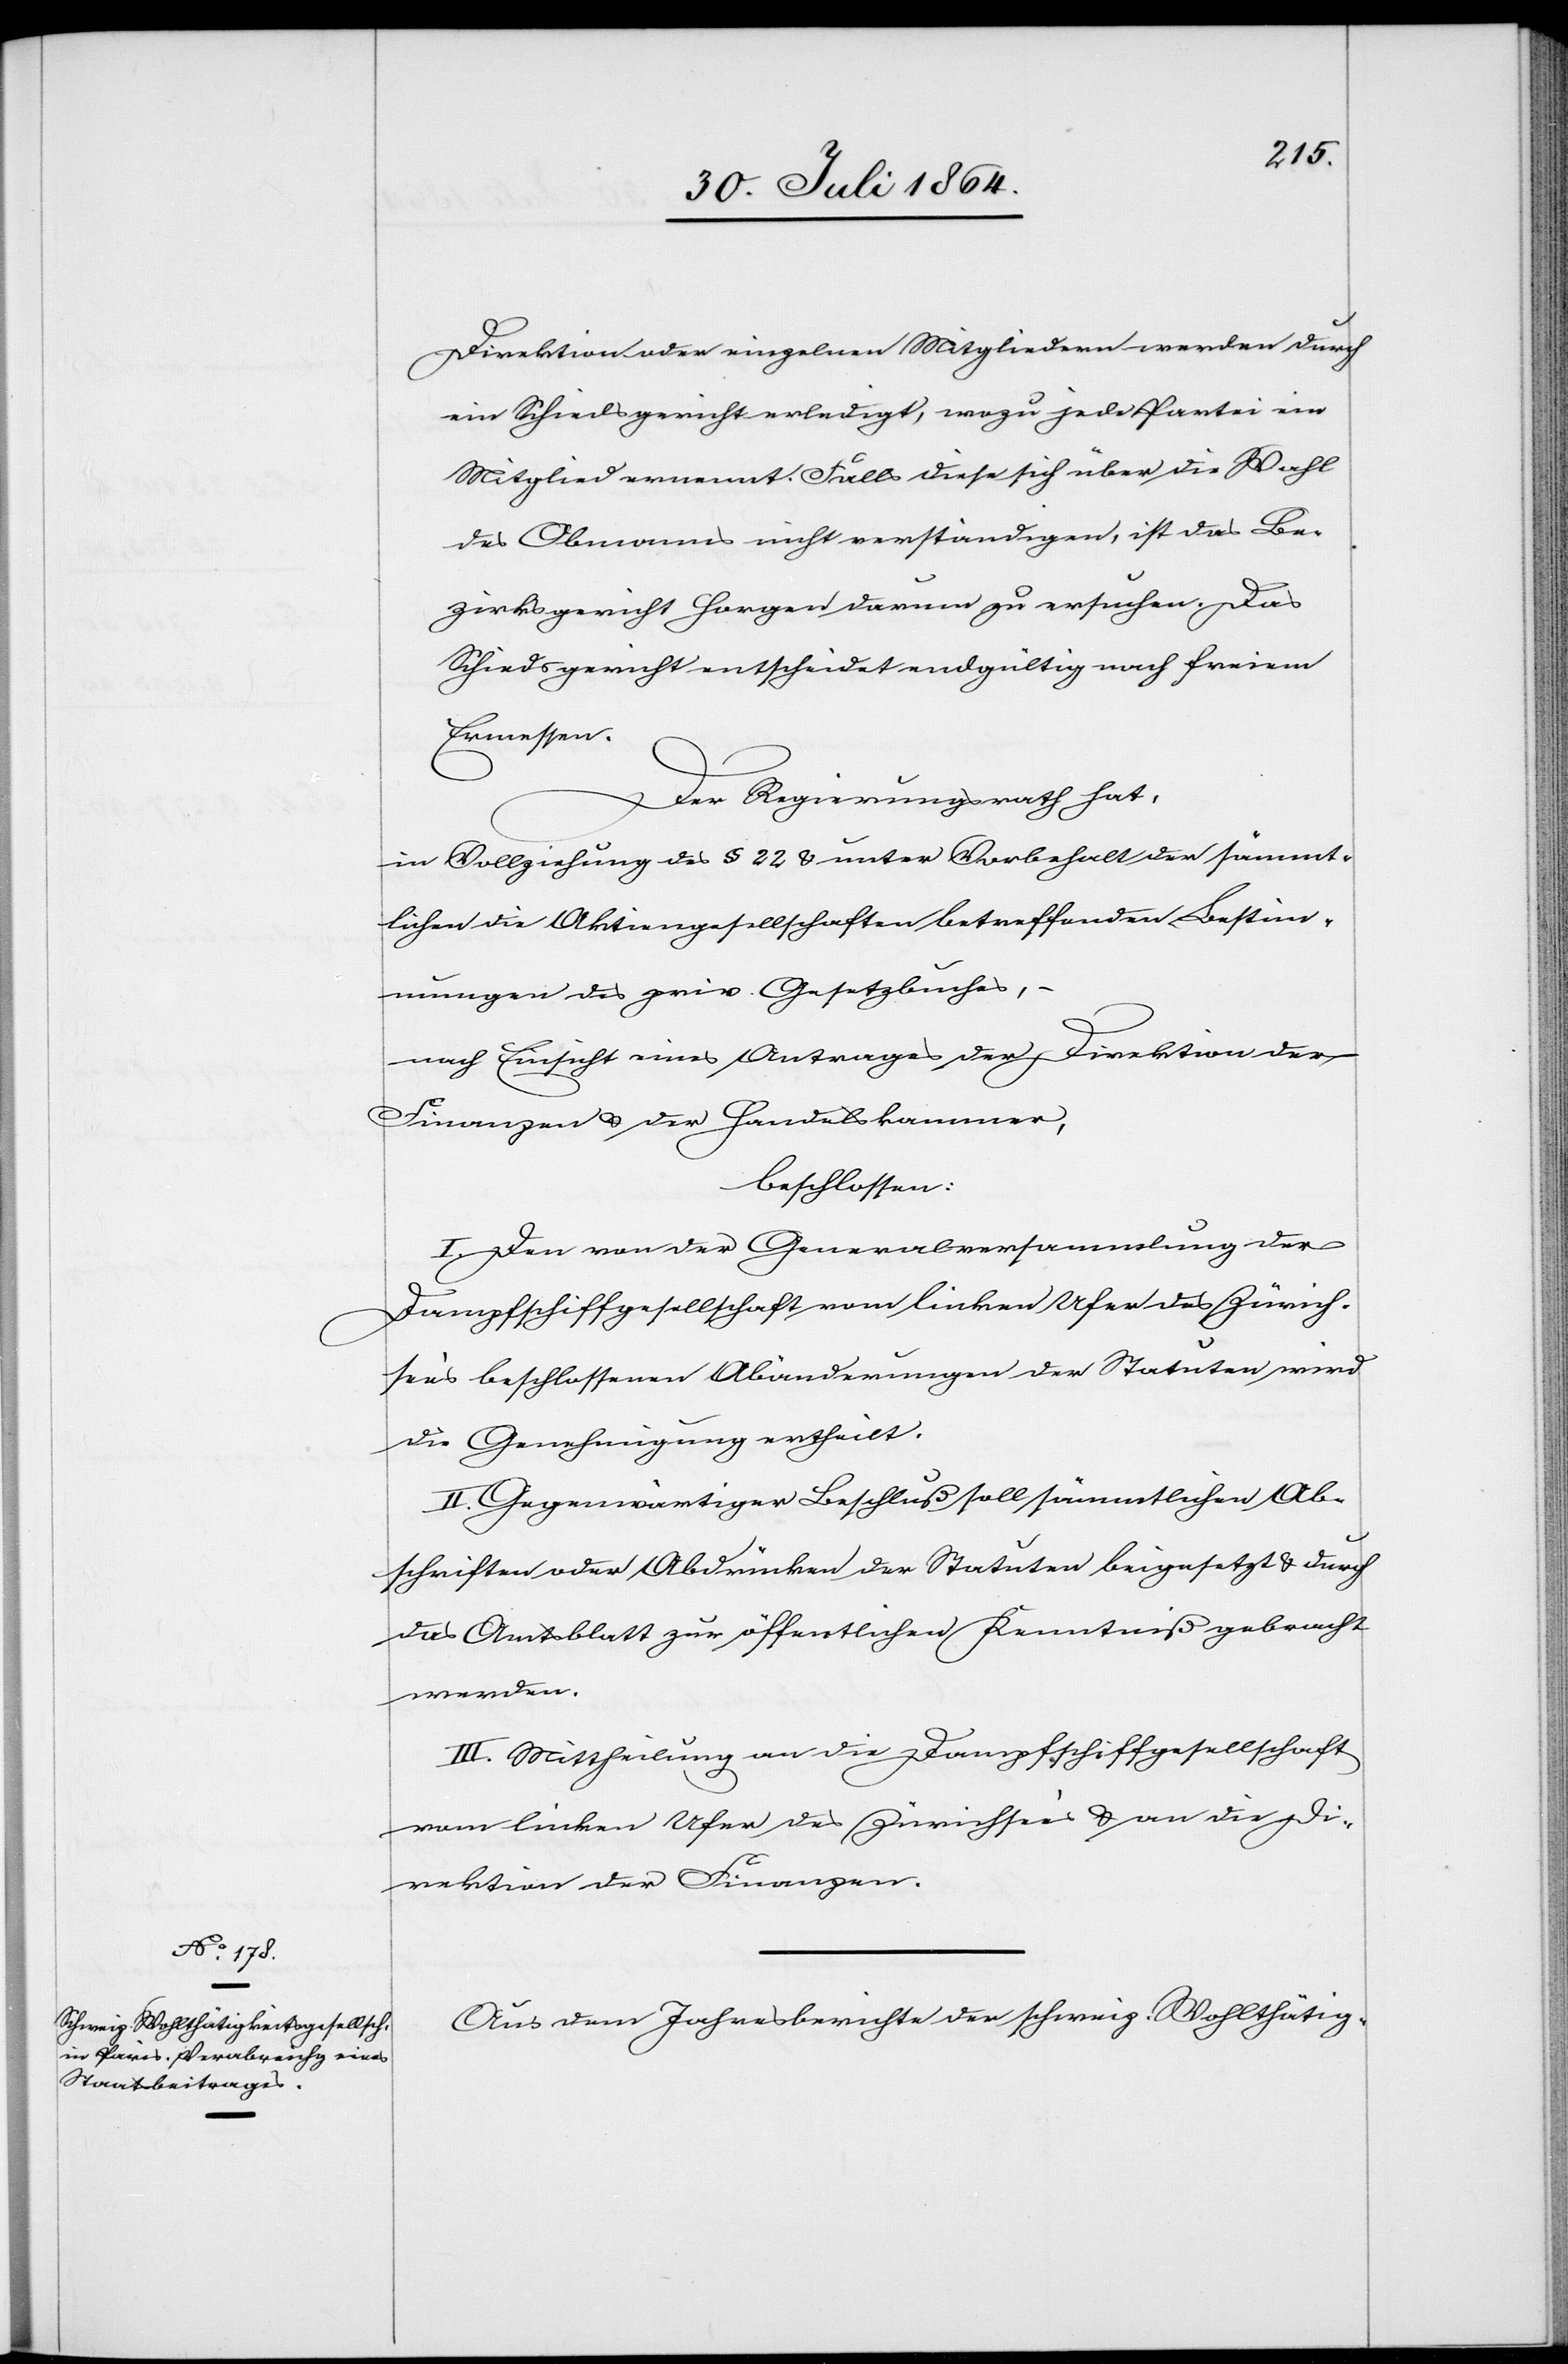
Direktion oder einzelnen Mitgliedern werden durch
ein Schiedsgericht erledigt, wozu jede Partei ein
Mitglied ernennt. Falls diese sich über die Wahl
des Obmanns nicht verständigen, ist das Be¬
zirksgericht Horgen darum zu ersuchen. Das
Schiedsgericht entscheidet endgültig nach freiem
Ermessen.
Der Regierungsrath hat,
in Vollziehung des § 22 & unter Vorbehalt sämmt¬
lichen die Aktiengesellschaften betreffenden Bestim¬
mungen des priv. Gesetzbuches, –
nach Einsicht eines Antrages der Direktion der
Finanzen & der Handelskammer,
beschlossen:
Den von der Generalversammlung der
Dampfschiffgesellschaft vom linken Ufer des Zürich¬
sees beschlossenen Abänderungen der Statuten wird
die Genehmigung ertheilt.
II. Gegenwärtiger Beschluß soll sämmtlichen Ab¬
schriften oder Abdrücken der Statuten beigesetzt & durch
das Amtsblatt zur öffentlichen Kenntniß gebracht
werden.
III. Mittheilung an die Dampfschiffgesellschaft
vom linken Ufer des Zürichsees & an die Di¬
rektion der Finanzen.
Aus dem Jahresberichte der schweiz. Wohlthätig-